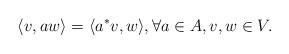
LaTeX: \begin{align*}\langle v,aw\rangle = \langle a^*v,w\rangle,\forall a\in A,v,w\in V.\end{align*}